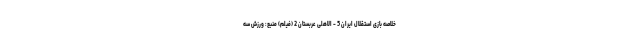
خلاصه بازی استقلال ایران 5 - الاهلی عربستان 2 (فیلم) منبع: ورزش سه